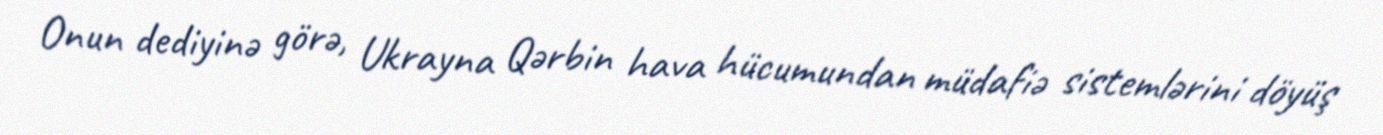
Onun dediyinə görə, Ukrayna Qərbin hava hücumundan müdafiə sistemlərini döyüş